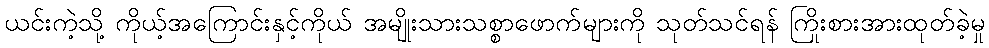
ယင်းကဲ့သို့ ကိုယ့်အကြောင်းနှင့်ကိုယ် အမျိုးသားသစ္စာဖောက်များကို သုတ်သင်ရန် ကြိုးစားအားထုတ်ခဲ့မှု